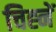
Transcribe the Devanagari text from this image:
चिह्नें